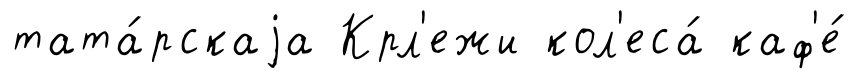
тата́рскаjа Крл'ежи кол'еса́ каф'е́